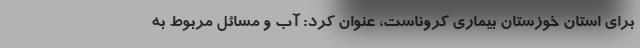
برای استان خوزستان بیماری کروناست، عنوان کرد: آب و مسائل مربوط به